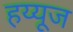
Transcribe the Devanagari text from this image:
हय्यूज